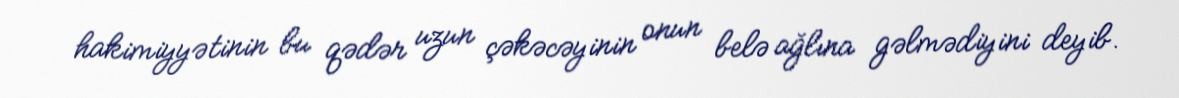
hakimiyyətinin bu qədər uzun çəkəcəyinin onun belə ağlına gəlmədiyini deyib.